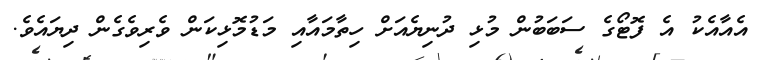
އެއާއެކު އެ ފޮޓޯގެ ސަބަބުން މުޅި ދުނިޔެއަށް ހިތާމައާއި މަޑުމޮޅިކަން ވެރިވެގެން ދިޔައެވެ.